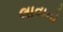
લાવાનો